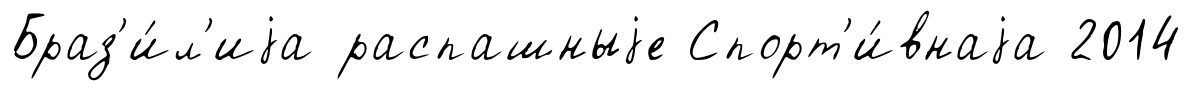
Браз'и́л'иjа распашныjе Спорт'и́внаjа 2014